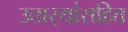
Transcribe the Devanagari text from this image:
उतार्‍यांसहित